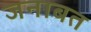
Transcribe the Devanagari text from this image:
जनाबत